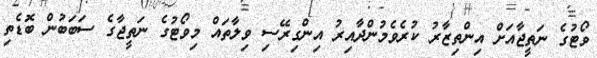
ވޯޓުގެ ނަތީޖާއަށް އިންތިޒާރު ކުރެވެމުންދާއިރު އިންގިރޭސި ވިލާތައް މިވޯޓުގެ ނަތީޖާގެ ސަބަބުން ބޮޑެތި